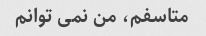
متاسفم، من نمی توانم